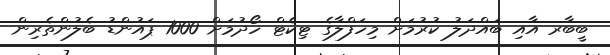
ބީބާރ އާއި ބައްދަލު ކުރުމަށް މިހަފްލާގެ ޓިކެޓް ހޯދުމަށް 1000 ޕައުންޑު ބެލުންތެރިން